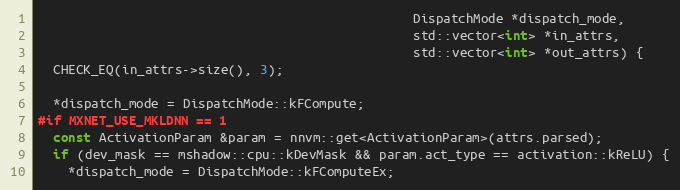
Language: C++
                                                  DispatchMode *dispatch_mode,
                                                  std::vector<int> *in_attrs,
                                                  std::vector<int> *out_attrs) {
  CHECK_EQ(in_attrs->size(), 3);

  *dispatch_mode = DispatchMode::kFCompute;
#if MXNET_USE_MKLDNN == 1
  const ActivationParam &param = nnvm::get<ActivationParam>(attrs.parsed);
  if (dev_mask == mshadow::cpu::kDevMask && param.act_type == activation::kReLU) {
    *dispatch_mode = DispatchMode::kFComputeEx;